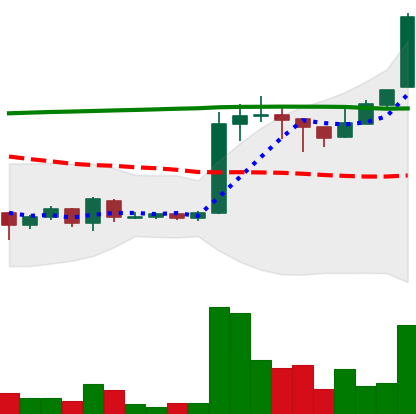
Ticker: EOS-USD
Chart end date: 2018-04-20
Forward return: 26.271%
Label: up_7plus